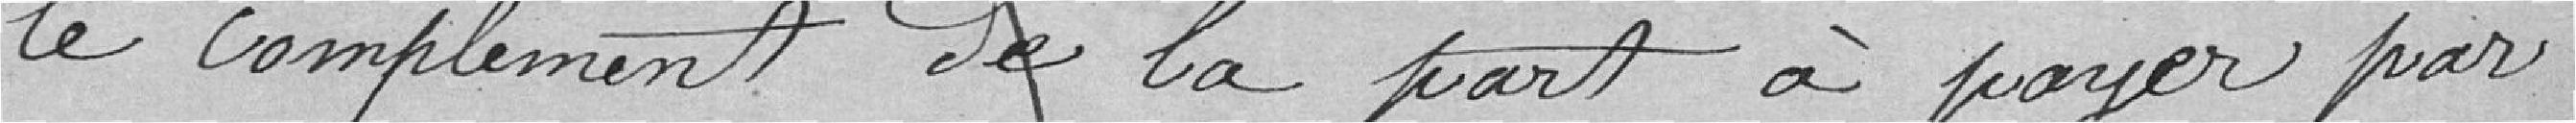
le complément de la part à payer par